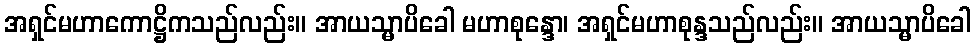
အရှင်မဟာကောဋ္ဌိကသည်လည်း။ အာယသ္မာပိခေါ မဟာစုန္ဒော၊ အရှင်မဟာစုန္ဒသည်လည်း။ အာယသ္မာပိခေါ